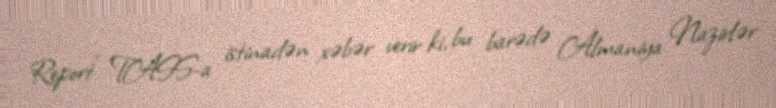
Report" TASS-a istinadən xəbər verir ki, bu barədə Almaniya Nazirlər